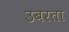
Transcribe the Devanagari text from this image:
उबरता